Code of medical and sanitary regulations for the guidance of medical officers serving in the Madras Presidency - Volume II
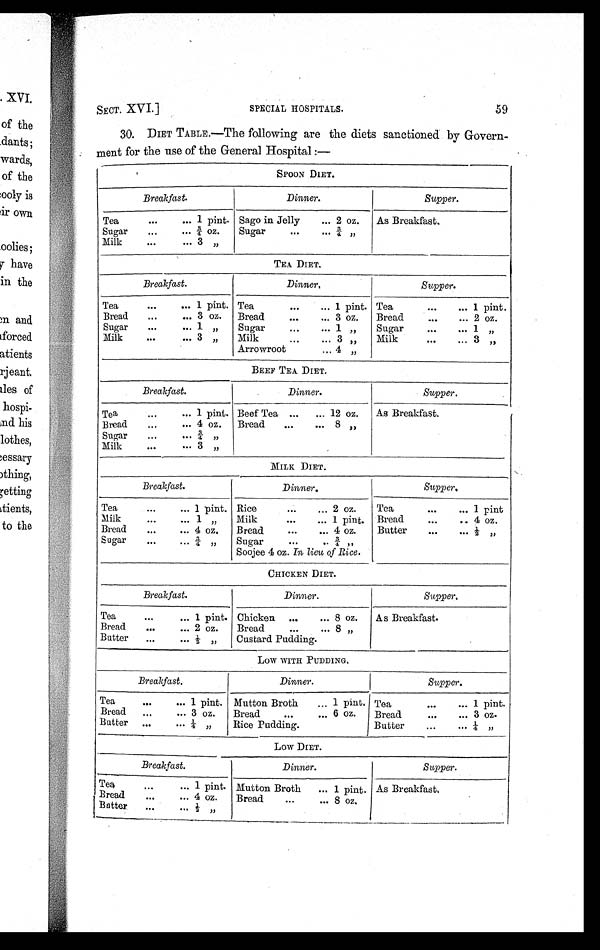
SECT. XVI.]
SPECIAL HOSPITALS.
59
30. DIET TABLE.—The following are the diets sanctioned by Govern
-
ment for the use of the General Hospital :—
SPOON DIET.
Breakfast.
Dinner.
Supper.
Tea
. . .
... 1 pint. Sago in Jelly
... 2 oz.
As Breakfast.
Sugar
...
...
¾ o z .
Sugar
...
. . . ¾ „
Milk
. . .
... 3 „
TEA DIET.
Breakfast.
D i n n e r .
Supper.
Tea
. . .
... 1 pint. Tea
. . .
... 1 pint. Tea
. . .
... 1 pint.
Bread
...
... 3 oz. Bread
. . .
... 3 oz.
Bread
. . .
... 2 oz.
Sugar
...
... 1 „
Sugar
. . .
. . . 1 „
Sugar
. . .
... 1 „
Milk
. . .
... 3 „
Milk
...
... 3 „
Milk
. . .
... 3 „
Arrowroot
... 4 „
B E E F T E A D I E T .
Breakfast.
Dinner.
Supper.
Tea
...
... 1 pint. Beef Tea ...
... 12 oz.
As Breakfast.
Bread
...
... 4 oz. Bread
...
... 8 „
Sugar
...
. . .
¾ „
Milk
...
... 3 „
MILK DIET.
Breakfast.
Dinner.
Supper.
Tea
...
... 1 pint. Rice
. . .
... 2 oz.
Tea
. . .
... 1 pint
Milk
...
... 1 „
Milk
. . .
... 1 pint. Bread
...
.. 4 oz.
Bread
...
... 4 oz.
Bread
...
... 4 oz.
Butter
. . .
. . . ½ „
Sugar
...
. . .
¾ „
Sugar
...
. .¾ „
Soojee 4 oz. In lieu of Rice.
CHICKEN DIET.
Breakfast.
Dinner.
S u p p e r .
Tea
...
... 1 pint. Chicken ...
... 8 oz.
As Breakfast.
Bread
. . .
... 2 oz.
Bread
...
. . .
8 oz.
Butter
...
. . .
½ „
Custard Pudding.
LOW WITH PUDDING.
Breakfast.
Dinner.
Supper.
Tea
...
... 1 pint. Mutton Broth
... 1 pint. Tea
. . .
... 1 pint.
Bread
...
... 3 oz.
Bread
...
... 6 oz.
Bread
. . .
... 3 oz.
Butter ...
. . .¼ „
Rice Pudding.
Butter
. . .
. . . ¼ „
LOW DIET.
Breakfast.
Dinner.
Supper.
Tea
...
... 1 pint. Mutton Broth
... 1 pint. As Breakfast.
Bread
. . .
... 4 oz.
Bread
...
. . . 8 oz.
Butter
. . .
. . . ½ „